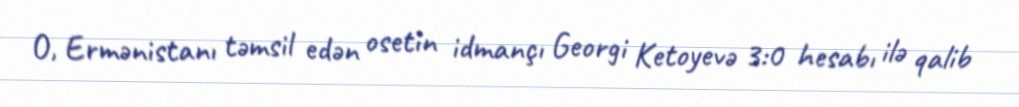
O, Ermənistanı təmsil edən osetin idmançı Georgi Ketoyevə 3:0 hesabı ilə qalib